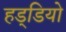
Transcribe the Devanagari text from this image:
हड्डियो